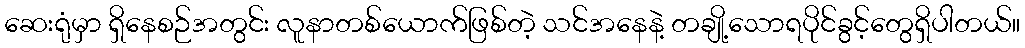
ဆေးရုံမှာ ရှိနေစဉ်အတွင်း လူနာတစ်ယောက်ဖြစ်တဲ့ သင်အနေနဲ့ တချို့သောရပိုင်ခွင့်တွေရှိပါတယ်။